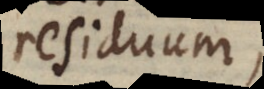
residuum,